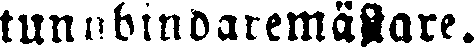
tunnbindaremästare.